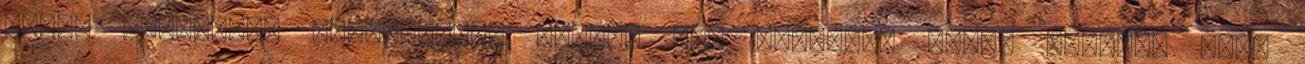
alakú koronával rendelkező, ágakat nem hullajtó fajta legyen. Ezek